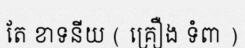
តែ ខាទនីយ ( គ្រឿង ទំពា )